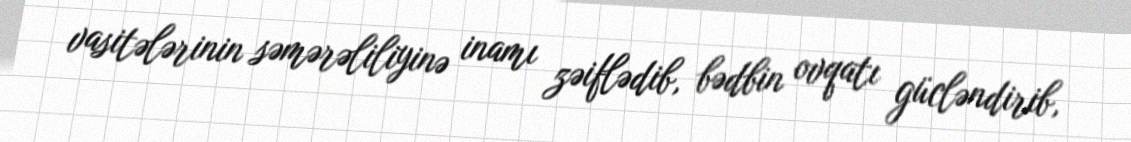
vasitələrinin səmərəliliyinə inamı zəiflədib, bədbin ovqatı gücləndirib,